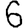
Digit: 6